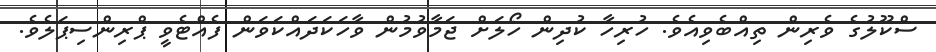
ސްކޫލުގެ ވެރިން ތިއްބެވިއެވެ. ހުރިހާ ކުދިން ހޯލަށް ޖަމާވުމުން ވާހަކަދައްކަވަން ފެއްޓެވީ ޕްރިންސިޕަލެވެ.